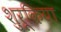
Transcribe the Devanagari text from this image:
शुरूकिया